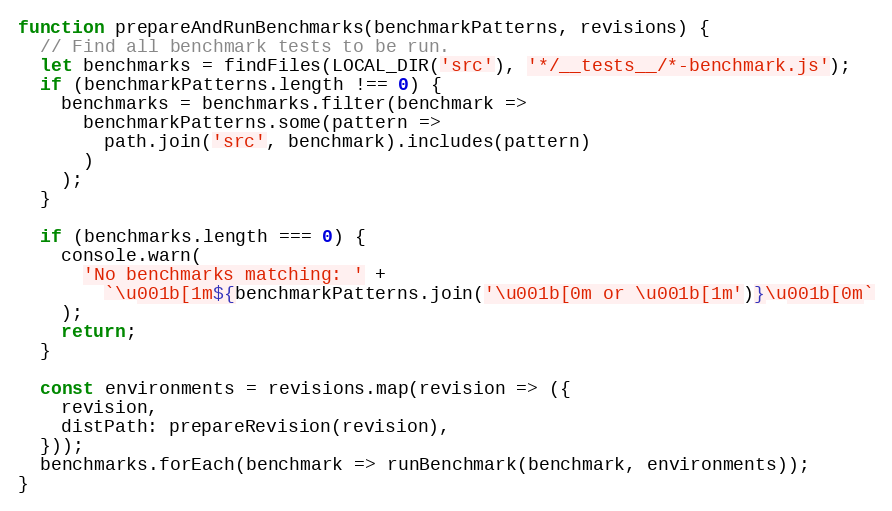
Language: JavaScript
function prepareAndRunBenchmarks(benchmarkPatterns, revisions) {
  // Find all benchmark tests to be run.
  let benchmarks = findFiles(LOCAL_DIR('src'), '*/__tests__/*-benchmark.js');
  if (benchmarkPatterns.length !== 0) {
    benchmarks = benchmarks.filter(benchmark =>
      benchmarkPatterns.some(pattern =>
        path.join('src', benchmark).includes(pattern)
      )
    );
  }

  if (benchmarks.length === 0) {
    console.warn(
      'No benchmarks matching: ' +
        `\u001b[1m${benchmarkPatterns.join('\u001b[0m or \u001b[1m')}\u001b[0m`
    );
    return;
  }

  const environments = revisions.map(revision => ({
    revision,
    distPath: prepareRevision(revision),
  }));
  benchmarks.forEach(benchmark => runBenchmark(benchmark, environments));
}